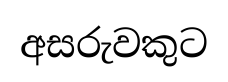
අසරුවකුට